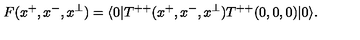
F ( x ^ { + } , x ^ { - } , x ^ { \perp } ) = \langle 0 | T ^ { + + } ( x ^ { + } , x ^ { - } , x ^ { \perp } ) T ^ { + + } ( 0 , 0 , 0 ) | 0 \rangle .